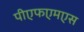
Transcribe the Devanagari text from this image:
पीएफएमएस